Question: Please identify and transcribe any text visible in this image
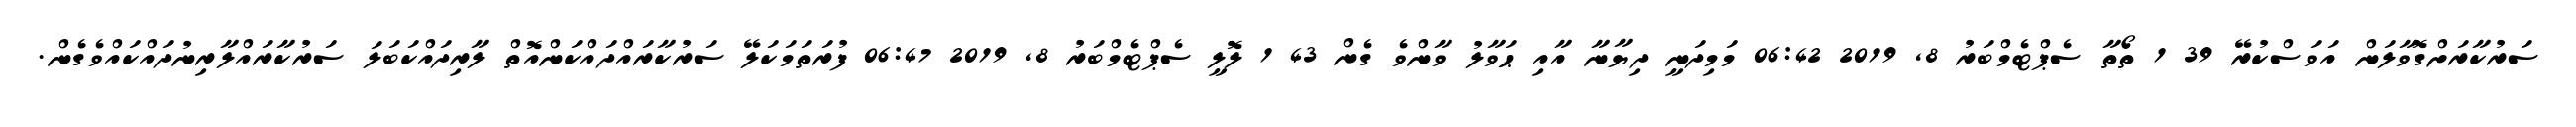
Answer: ސަރުކާރަށްގޮވާލަން އަވަސްކުރޭ 39 1 ތޯތާ ސެޕްޓެމްބަރު 8, 2019 06:42 މަމިދަނީ ދިޔާނާ އާއި ޙަވާލު ވާންވެ ގެން 43 1 ލޮލީ ސެޕްޓެމްބަރު 8, 2019 06:47 ފުރަތަމަކަލޭ ސަރުކާރައްދައްކަންއޮތް ލާރިދައްކަބަލަ ސަރުކާރައްލާރިނުދައްކައްވެގެން.